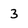
Character: 3